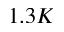
1 . 3 K